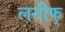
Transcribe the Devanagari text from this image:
लतीफ्